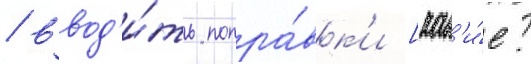
/ ввод'и́ть попра́вк'и [как'и́е?